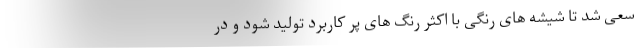
سعی شد تا شیشه های رنگی با اکثر رنگ های پر کاربرد تولید شود و در